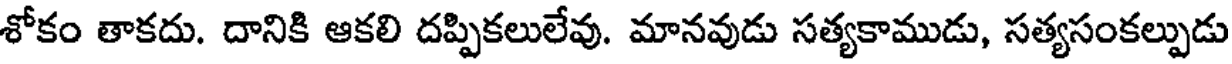
శోకం తాకదు. దానికి ఆకలి దప్పికలులేవు. మానవుడు సత్యకాముడు, సత్యసంకల్పుడు